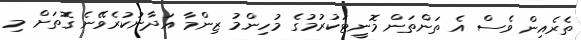
ތެރެއިން ވެސް އެ ތަންތަން މޮނީޓަކުރުމުގެ މުހިންމު ޒިންމާ އަދާނުކުރެވޭނެ ގޮތަށް މި